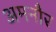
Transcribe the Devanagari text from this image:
अमनौर